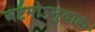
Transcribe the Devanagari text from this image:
अष्टमोऽनुवाकः